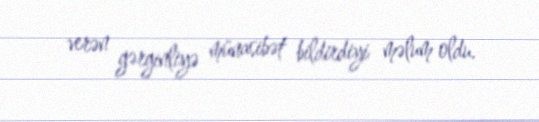
verən gərginliyə münasibət bildirdiyi məlum oldu.